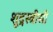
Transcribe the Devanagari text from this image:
शूद्रस्त्रीसी